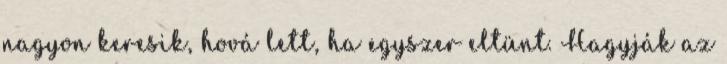
nagyon keresik, hová lett, ha egyszer eltünt. Hagyják az